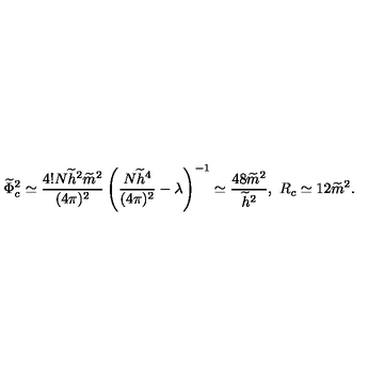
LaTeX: \widetilde { \Phi } _ { c } ^ { 2 } \simeq \frac { 4 ! N \widetilde { h } ^ { 2 } \widetilde { m } ^ { 2 } } { ( 4 \pi ) ^ { 2 } } \left( \frac { N \widetilde { h } ^ { 4 } } { ( 4 \pi ) ^ { 2 } } - \lambda \right) ^ { - 1 } \simeq \frac { 4 8 \widetilde { m } ^ { 2 } } { \widetilde { h } ^ { 2 } } , \ R _ { c } \simeq 1 2 \widetilde { m } ^ { 2 } .